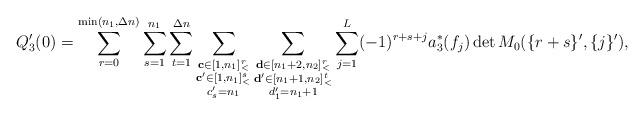
LaTeX: \begin{align*}Q'_3(0)=\sum\limits_{r=0}^{\min(n_1,\Delta n)}\sum\limits_{s=1}^{n_1}\sum\limits_{t=1}^{\Delta n}\sum\limits_{\substack{\mathbf{c}\in [1,n_1]_<^r\\\mathbf{c'}\in [1,n_1]_<^s\\c'_s=n_1}}\sum\limits_{\substack{\mathbf{d}\in [n_1+2,n_2]_<^{r}\\\mathbf{d'}\in [n_1+1,n_2]_<^t\\d'_1=n_1+1}}\sum\limits_{j=1}^L(-1)^{r+s+j}a_3^\ast(f_j)\det M_0(\{r+s\}',\{j\}'),\end{align*}